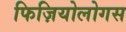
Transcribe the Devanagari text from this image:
फिज़ियोलोगस